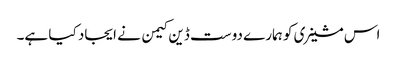
اس مشینری کو ہمارے دوست ڈین کیمن نے ایجاد کیا ہے۔